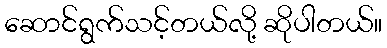
ဆောင်ရွက်သင့်တယ်လို့ ဆိုပါတယ်။